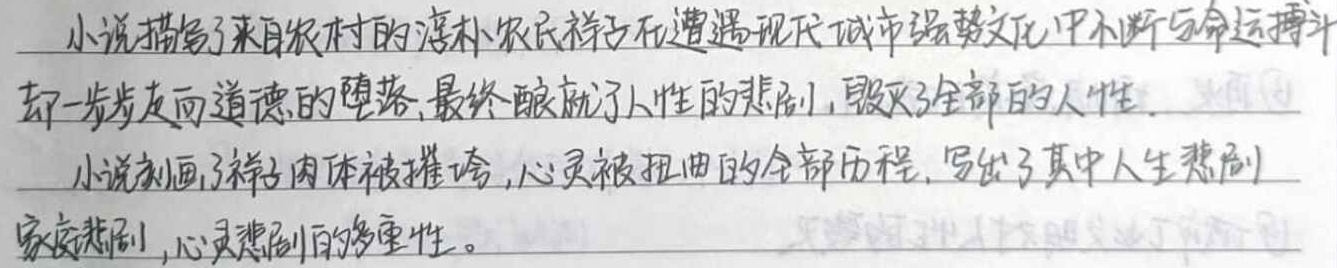
小说描写了来自农村的淳朴农民祥子在遭遇现代城市强势文化中不断与命运搏斗，却一步步走向道德的堕落，最终酿成了人性的悲剧，毁灭了全部的人性。小说刻画了祥子肉体被摧垮，心灵被扭曲的全部历程，写出了其中人生悲剧、家庭悲剧、心灵悲剧的多重性。